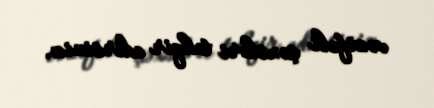
vəzifəli şəxsləri təhqir edirsiniz.